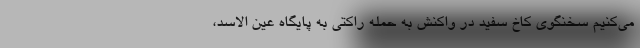
می‌کنیم سخنگوی کاخ سفید در واکنش به حمله راکتی به پایگاه عین الاسد،